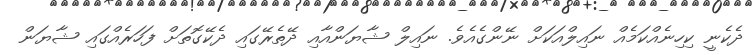
ދެކެނީ ކިހިނެއްކަމެއް ނައިލްއަކަށް ނޭންގެއެވެ. ނައިލް ޝާޔަންއާއި ދޭތެރޭގައި ދެކޭގޮތަށް ފަހަރެއްގައި ޝާޔަން